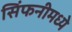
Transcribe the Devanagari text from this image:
सिंफनीमध्ये